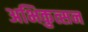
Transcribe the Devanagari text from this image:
अभिकुत्सन